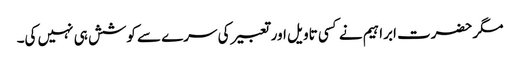
مگر حضرت ابراہیم نے کسی تاویل اور تعبیر کی سرے سے کوشش ہی نہیں کی۔